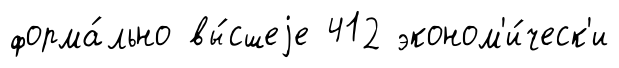
форма́льно вы́сшеjе 412 эконом'и́ческ'и